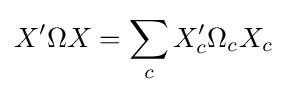
X'\Omega X=\sum _{c}X'_{c}\Omega _{c}X_{c}